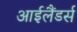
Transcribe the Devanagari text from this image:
आईलैंडर्स